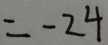
= - 2 4